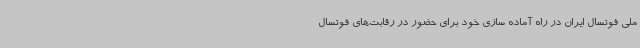
ملی فوتسال ایران در راه آماده سازی خود برای حضور در رقابت‌های فوتسال